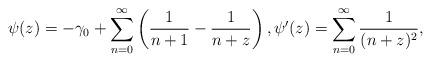
LaTeX: \begin{align*} \psi(z) = -\gamma_0 + \sum^{\infty}_{n = 0} \left( \frac{1}{n + 1} - \frac{1}{n + z} \right), \psi'(z) = \sum^{\infty}_{n = 0} \frac{1}{(n + z)^2},\end{align*}